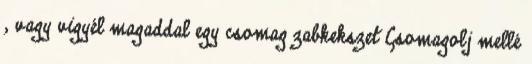
, vagy vigyél magaddal egy csomag zabkekszet Csomagolj mellé